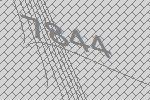
7844